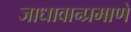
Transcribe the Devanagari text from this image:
जाधावान्प्रमाणे